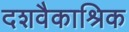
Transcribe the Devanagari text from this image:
दशवैकाश्रिक